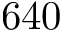
6 4 0